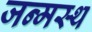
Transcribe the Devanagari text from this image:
जन्मस्थ